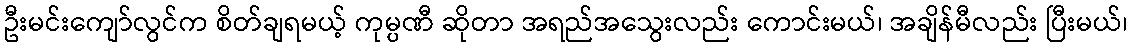
ဦးမင်းကျော်လွင်က စိတ်ချရမယ့် ကုမ္ပဏီ ဆိုတာ အရည်အသွေးလည်း ကောင်းမယ်၊ အချိန်မီလည်း ပြီးမယ်၊